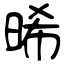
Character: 晞